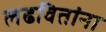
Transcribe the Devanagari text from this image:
लढवितांना